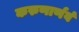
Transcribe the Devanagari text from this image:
करुणार्णवं